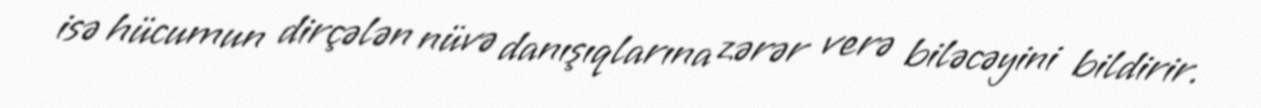
isə hücumun dirçələn nüvə danışıqlarına zərər verə biləcəyini bildirir.